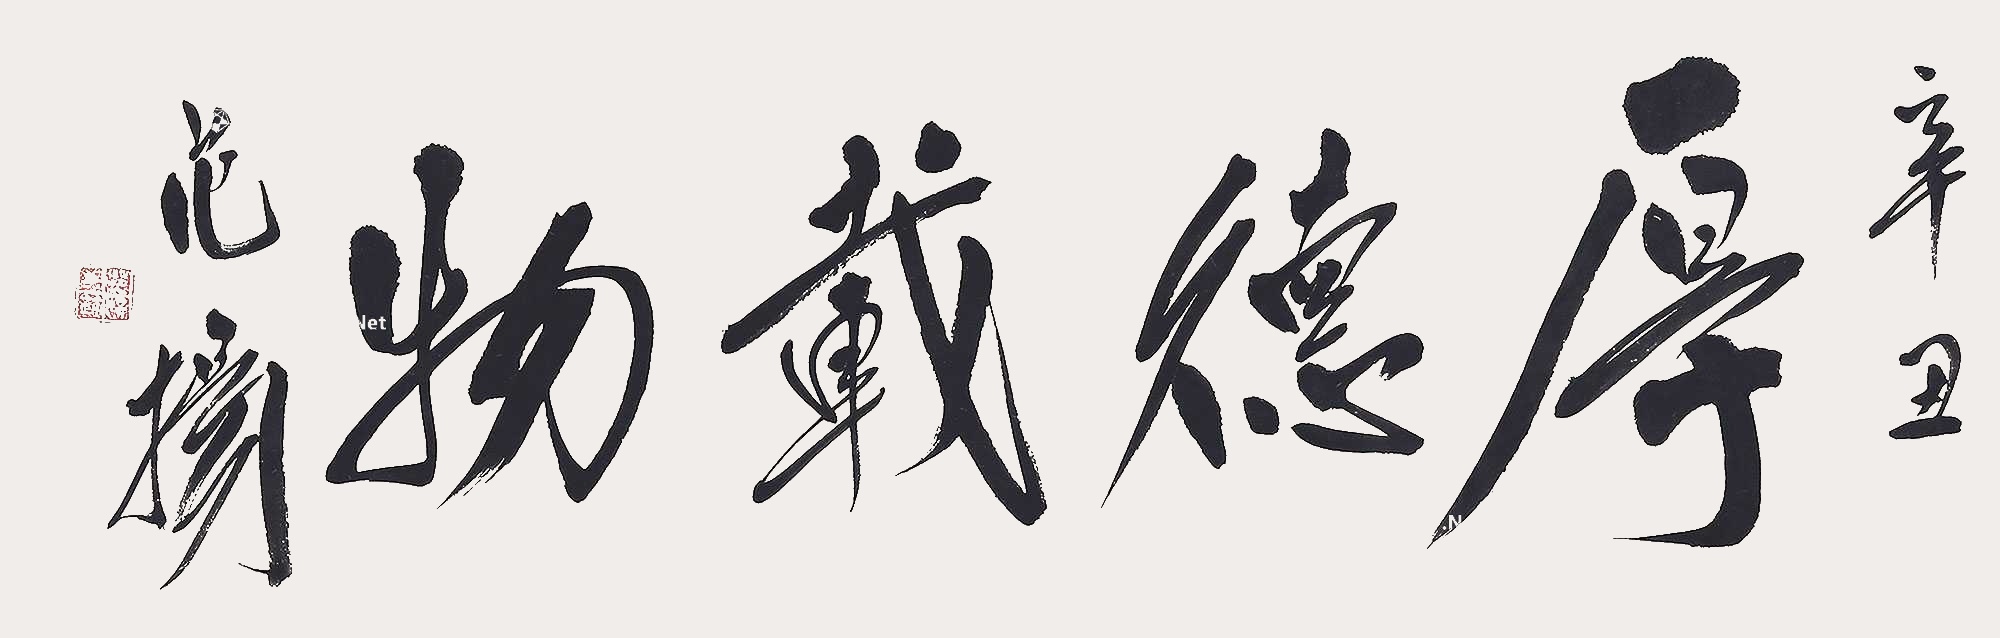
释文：厚德载物辛丑范扬